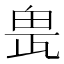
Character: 𤱖